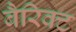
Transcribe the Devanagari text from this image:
बैरिक्ट